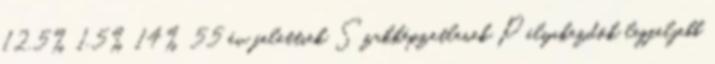
12,5% 1,5% 14% 55 év felettiek Szakképzetlenek Pályakezdők legfeljebb